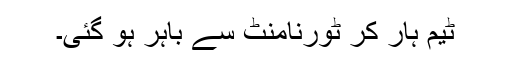
ٹیم ہار کر ٹورنامنٹ سے باہر ہو گئی۔